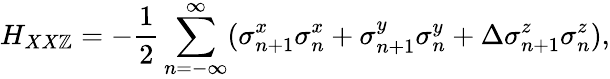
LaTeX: H_{XX\mathbb{Z}}=-\frac{{1}}{{2}}\sum_{n=-\infty}^{\infty}(\sigma_{n+1}^{x}\sigma_{n}^{x}+\sigma_{n+1}^{y}\sigma_{n}^{y}+\Delta\sigma_{n+1}^{z}\sigma_{n}^{z}),